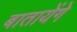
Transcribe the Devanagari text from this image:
बातायेंगे